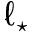
\ell _ { \star }